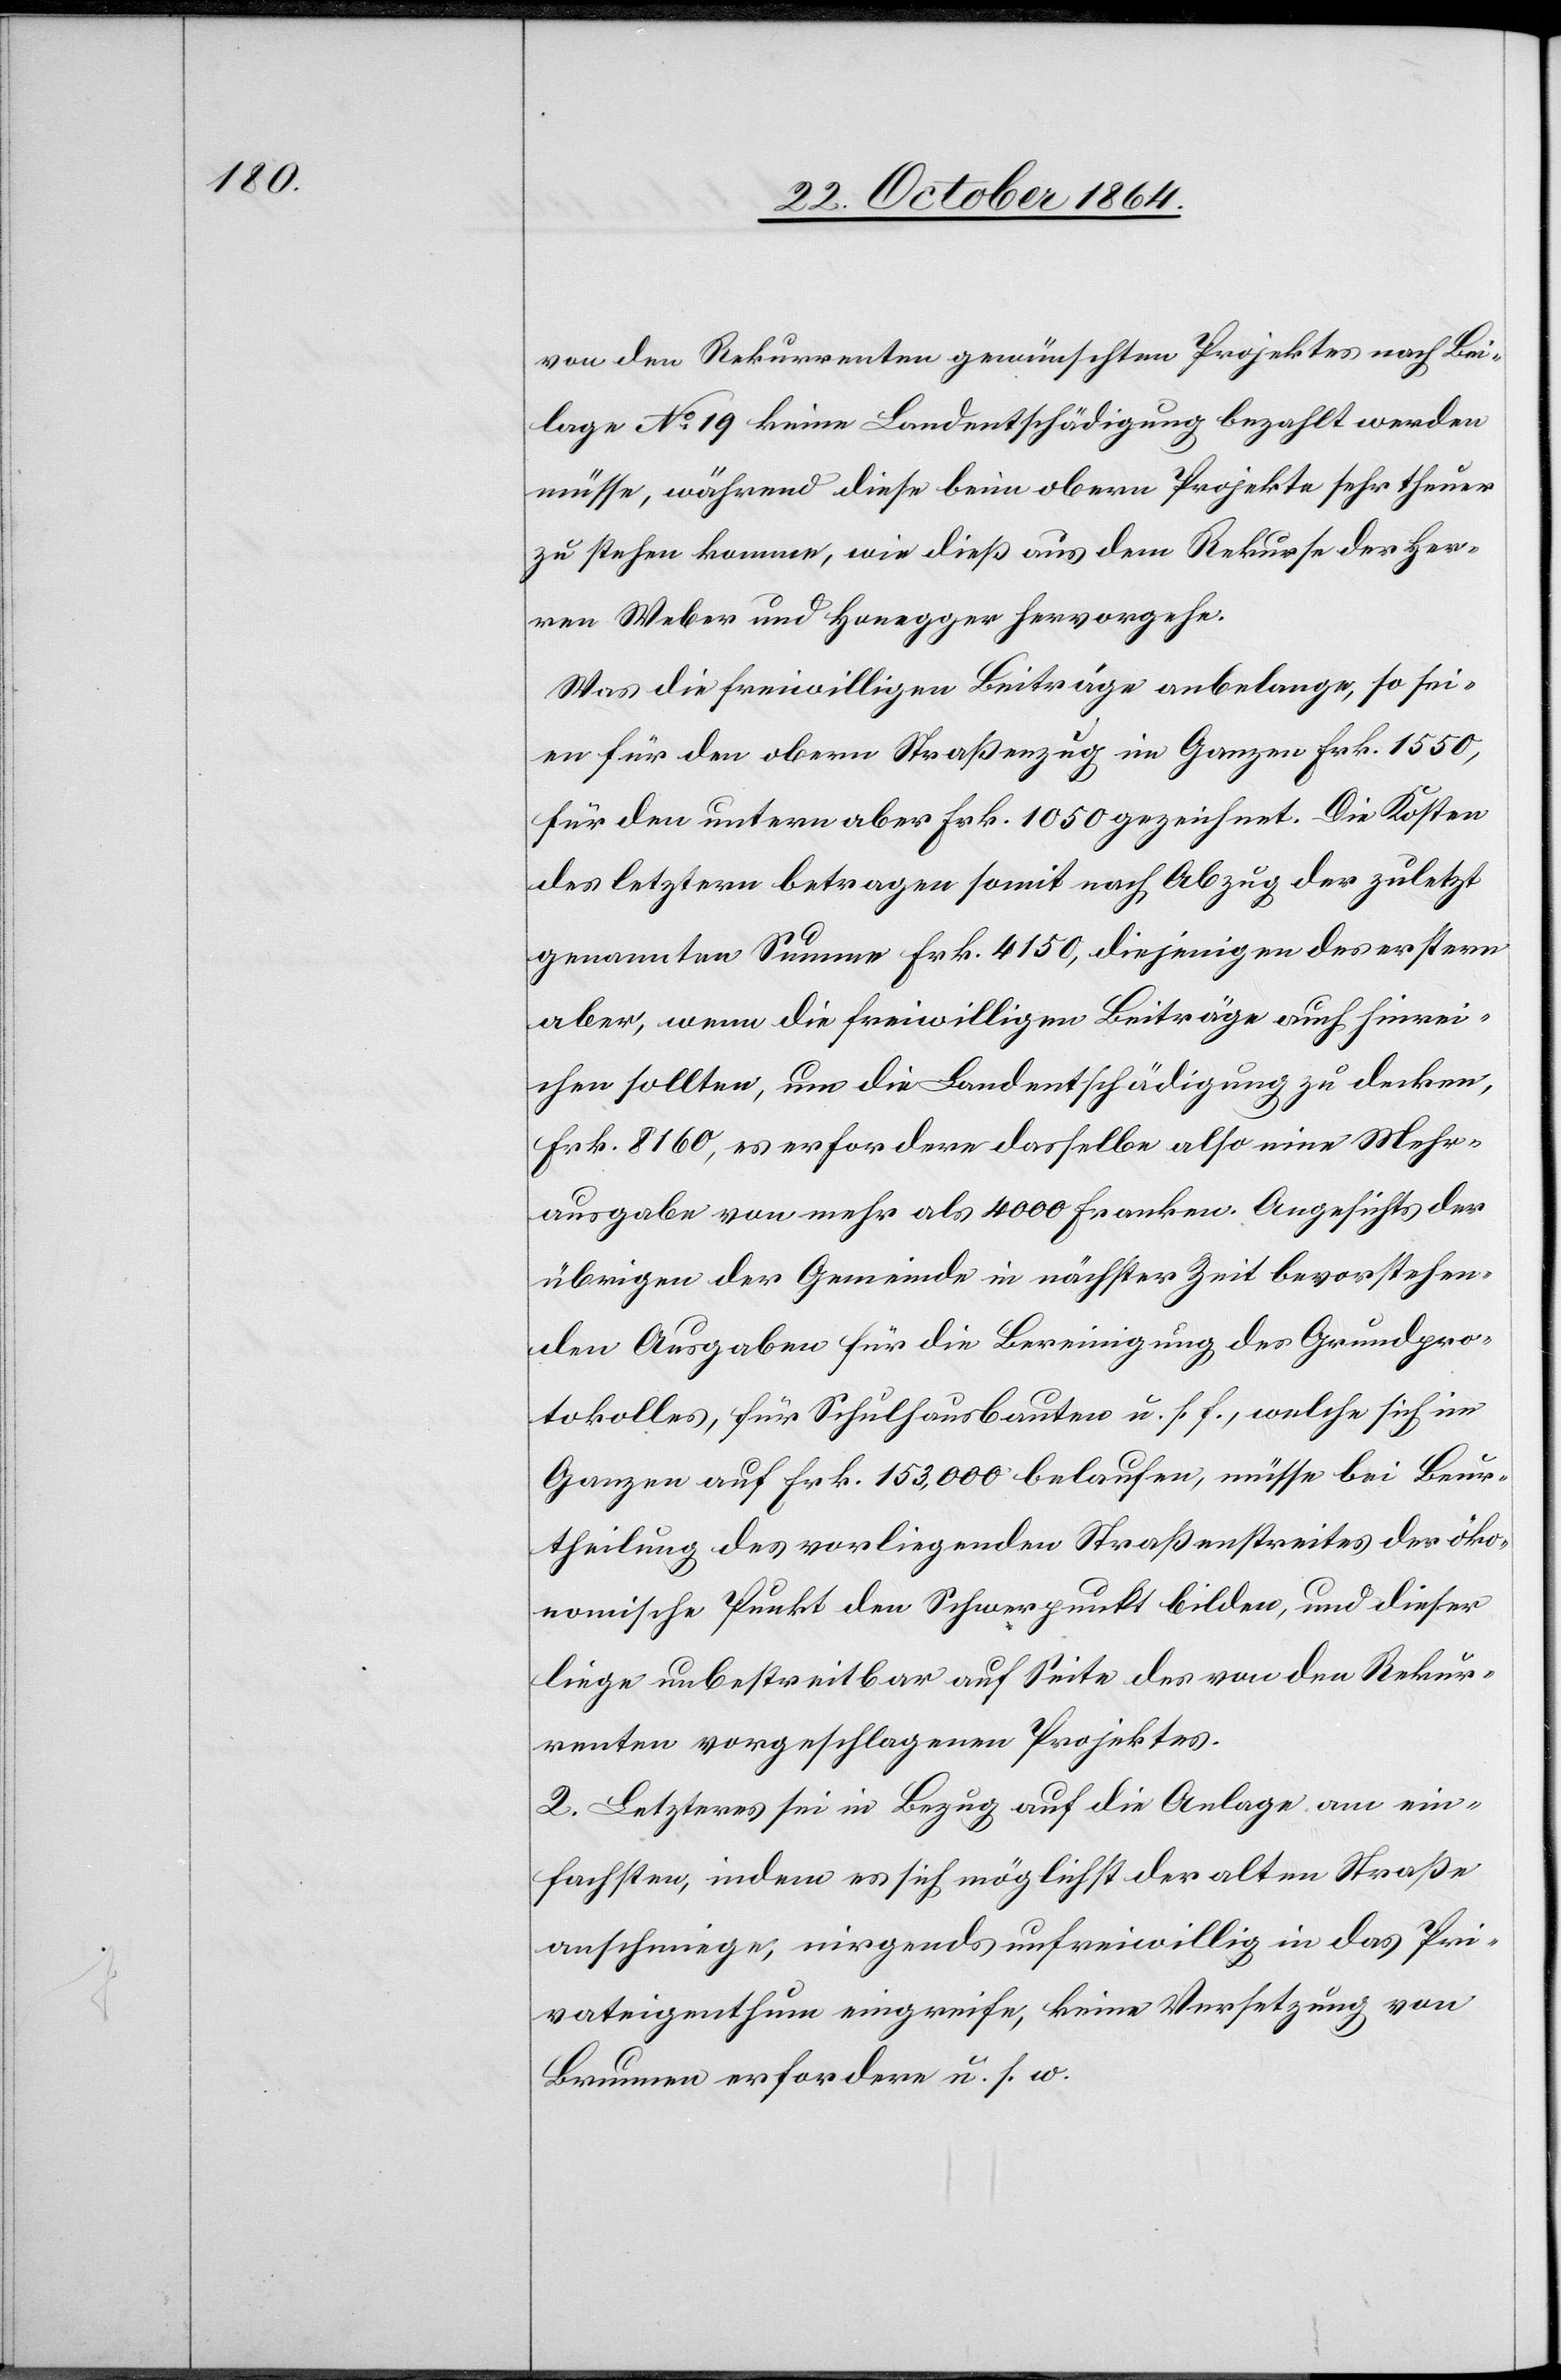
von den Rekurrenten gewünschten Projektes nach Bei¬
lage No 19 keine Landentschädigung bezahlt werden
müsse, während diese beim obern Projekte sehr theuer
zu stehen komme, wie dieß aus dem Rekurse der Her¬
ren Weber und Honegger hervorgehe.
Was die freiwilligen Beiträge anbelange, so sei¬
en für den obern Straßenzug im Ganzen Frk. 1550,
für den untern aber Frk. 1050 gezeichnet. Die Kosten
des letztern betragen somit nach Abzug der zuletzt
genannten Summe Frk. 4150, diejenigen des erstern
aber, wenn die freiwilligen Beiträge auch hinrei¬
chen sollten, um die Landentschädigung zu decken,
Frk. 8160, es erfordere dasselbe also eine Mehr¬
ausgabe von mehr als 4000 Franken. Angesichts der
übrigen der Gemeinde in nächster Zeit bevorstehen¬
den Ausgaben für die Bereinigung des Grundpro¬
tokolles, für Schulhausbauten u. s. f., welche sich im
Ganzen auf Frk. 153,000 belaufen, müsse bei Beur¬
theilung des vorliegenden Straßenstreites der öko¬
nomische Punkt den Schwerpunkt bilden, und dieser
liege unbestreitbar auf Seite des von den Rekur¬
renten vorgeschlagenen Projektes.
2. Letzteres sei in Bezug auf die Anlage am ein¬
fachsten, indem es sich möglichst der alten Straße
anschmiege, nirgends unfreiwillig in das Pri¬
vateigenthum eingreife, keine Versetzung von
Brunnen erfordere u. s. w.